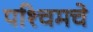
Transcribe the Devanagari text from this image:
पश्‍चिमचे